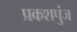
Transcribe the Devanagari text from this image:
प्रकशपुंज